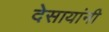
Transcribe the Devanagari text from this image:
देसायांनी